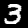
Digit: 3